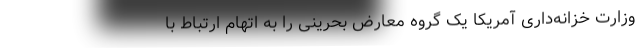
وزارت خزانه‌داری آمریکا یک گروه معارض بحرینی را به اتهام ارتباط با